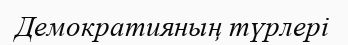
Демократияның түрлері